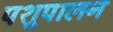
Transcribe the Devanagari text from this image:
पशूपालन